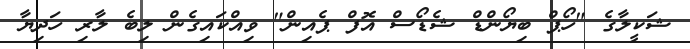
ޝަކީލާގެ "ހޯޕް ބިޔޯންޑް ޝެޑޯސް އޮފް ޕެއިން" ވިއްކައިގެން ލިބެ ލާރި ހަދިޔާ